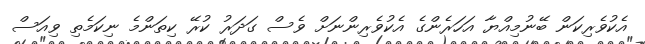
އެކުވެރިކަން ބޭނުމިއްޔާ އަހަރެންގެ އެކުވެރިންނަށް ވެސް ގަދަރު ކުރޭ ކިތަންމެ ނިކަމެތި ވިއަސް